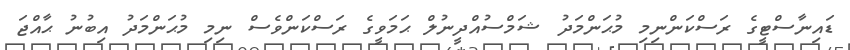
ޑައިނާސްޓީގެ ރަސްކަންނިމި މުޙަންމަދު ޝަމްސުއްދީނުލް ޙަމަވީގެ ރަސްކަންވެސް ނިމި މުޙަންމަދު އިބުނު ޙާއްޖަ